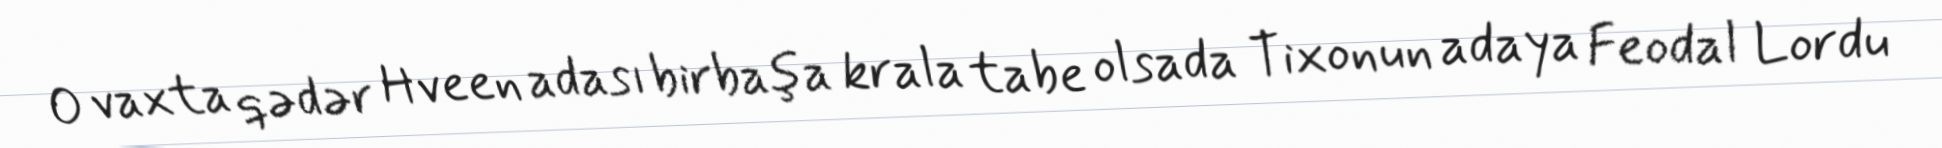
O vaxta qədər Hveen adası birbaşa krala tabe olsada Tixonun adaya Feodal Lordu